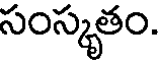
సంస్కృతం.